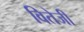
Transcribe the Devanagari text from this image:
वितेजी